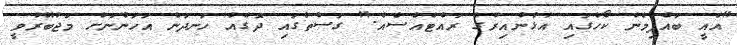
"އެއީ ބައްޕިމެން ކޯހުގައި އުޅުނުއިރުގެ ރައްޓެއްސެއް." ގަސްތުގައި ދޮގެއް ހަނދަން އަހަންނަށް މަޖުބޫރުވީ